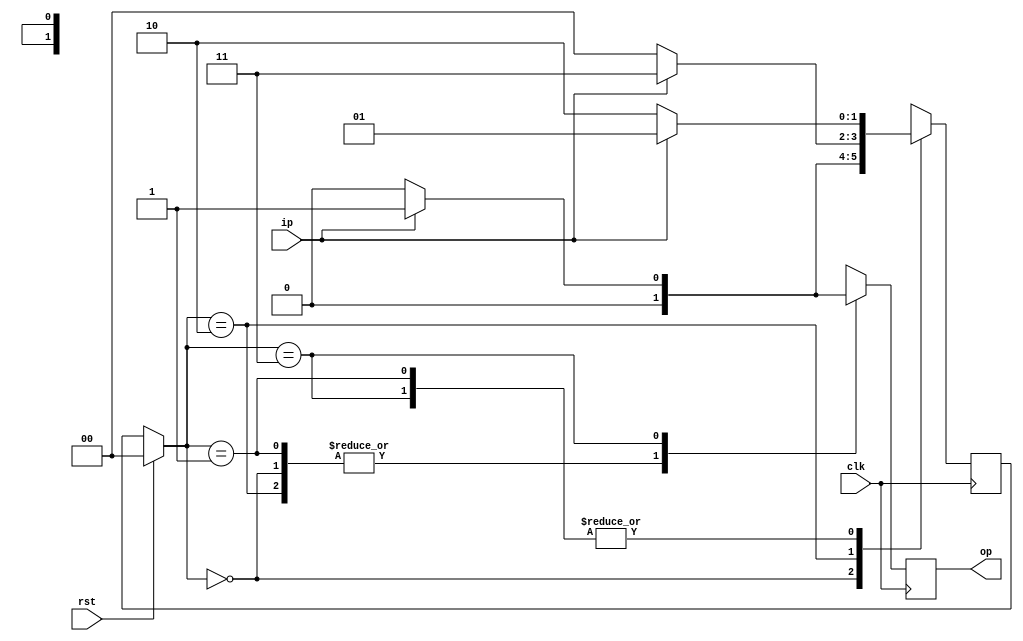
//code - 1011 sequence detector

module fsm1(ip,op,clk,rst);
  input ip,clk,rst;
  output reg op;
  reg [1:0]ps,ns;
  parameter  s0=2'b00,	
 			 s1=2'b01,
  			 s2=2'b10,
  			 s3=2'b11;
  always@(posedge clk)
    begin
      if(rst)
        begin
        ps = s0;
       
        end
      else
        ps = ns;
     
      case(ps)
    
    s0: begin
        op=0;
        ns=ip?s1:s0;
        end
    s1: begin
        op=0;
        ns=ip?s1:s2;
    end
    s2: begin
        op=0;
        ns=ip?s3:s0;
    end
    s3: begin
        op=ip?1:0;
        ns=ip?s1:s2;
    end
  endcase
      
    end
endmodule

//testbench

module fsm1_tb;
  reg ip,clk,rst,k;
  wire op;
  fsm1 fsmtb(.ip(ip),.op(op),.clk(clk),.rst(rst));
  initial
    begin
      clk=0;
      #10 ip = 1;rst=1;
      #10 ip = 0;rst=0;
      #10 ip = 1;
      #10 ip = 1;
      #10 ip = 0;
      #10 ip = 1;
      #10 ip = 1;
      #10 ip = 0;
      #10 ip = 1;
      #10 ip = 1;
      #10 ip = 0;
      #10 ip = 0;
      #10 ip = 1;
      
       $finish;
    end
  always #5 clk=!clk;
  always@(ip,rst,clk)
    $monitor("time=%0t,clk=%b,ip=%b,op=%b",$time,clk,ip,op);
endmodule